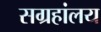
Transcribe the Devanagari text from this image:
सग्रहांलय